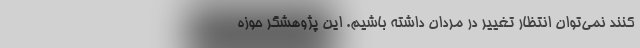
کنند نمی‌توان انتظار تغییر در مردان داشته باشیم. این پژوهشگر حوزه